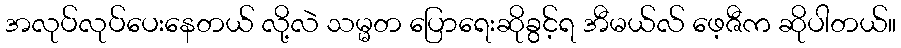
အလုပ်လုပ်ပေးနေတယ် လို့လဲ သမ္မတ ပြောရေးဆိုခွင့်ရ အီမယ်လ် ဖေ့ဇီက ဆိုပါတယ်။